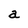
Character: a